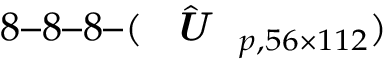
8 – 8 – 8 – ( \hat { \textit { \textbf { U } } } _ { p , 5 6 \times 1 1 2 } )